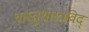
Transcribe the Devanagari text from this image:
वास्तुशास्त्रविद्